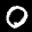
Label: 0